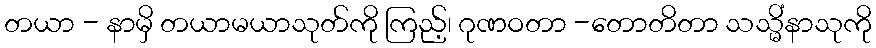
တယာ - နာမှိ တယာမယာသုတ်ကို ကြည့်၊ ဂုဏဝတာ -တောတိတာ သသ္မိံနာသုကို